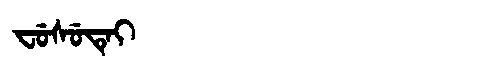
Manchu: ᠸᡠᠰᡠᡨᡝᡳ
Romanization: FUSUTEI